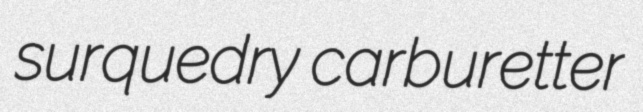
surquedry carburetter